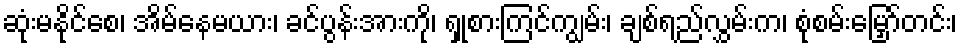
ဆုံးမနိုင်စေ၊ အိမ်နေမယား၊ ခင်ပွန်းအားကို၊ ရှုစားကြင်ကျွမ်း၊ ချစ်ရည်လွှမ်းက၊ စုံစမ်းမြှော်တင်း၊